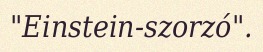
"Einstein-szorzó".